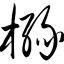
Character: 橼